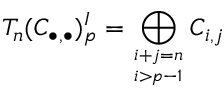
T _ { n } ( C _ { \bullet , \bullet } ) _ { p } ^ { I } = \bigoplus _ { i + j = n \atop i > p - 1 } C _ { i , j }